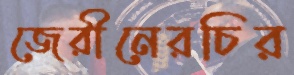
জেরীনেরচির